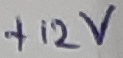
Text: +12V